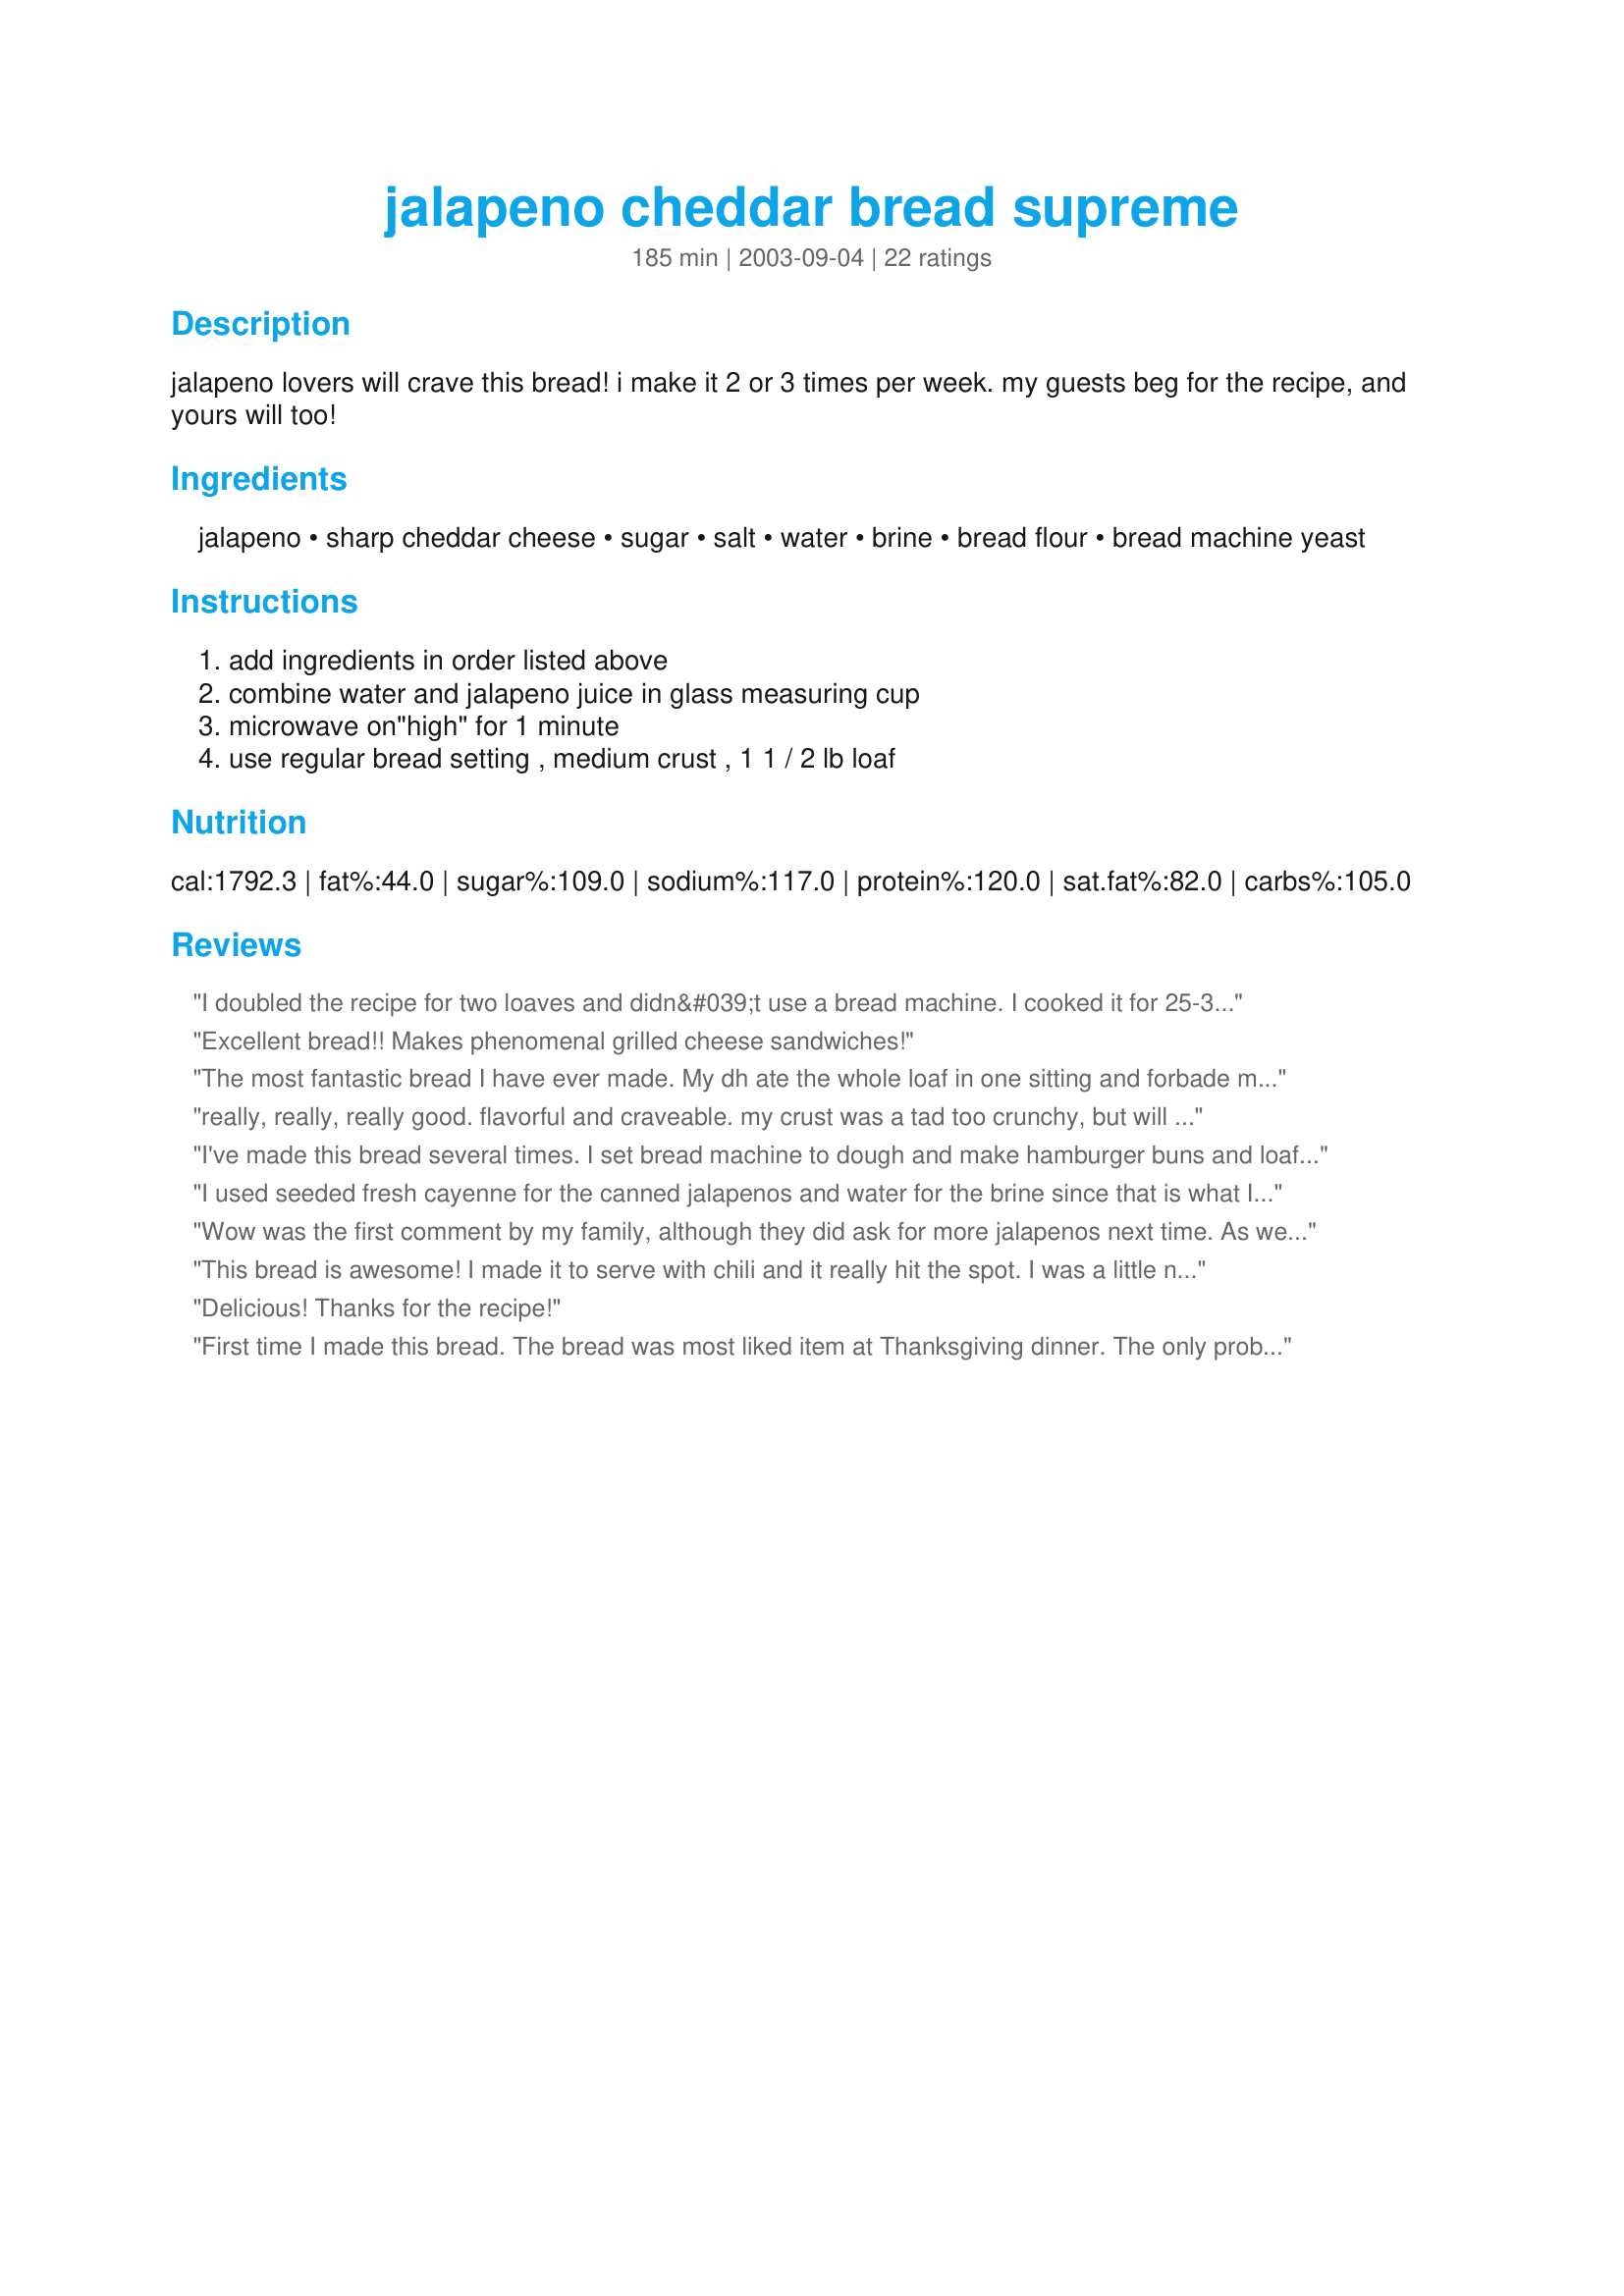
jalapeno cheddar bread supreme
Preparation time: 185 minutes

jalapeno lovers will crave this bread! i make it 2 or 3 times per week. my guests beg for the recipe, and yours will too!

Ingredients:
jalapeno, sharp cheddar cheese, sugar, salt, water, brine, bread flour, bread machine yeast

Steps:
add ingredients in order listed above, combine water and jalapeno juice in glass measuring cup, microwave on"high" for 1 minute, use regular bread setting , medium crust , 1 1 / 2 lb loaf

Reviews:
I doubled the recipe for two loaves and didn&#039;t use a bread machine. I cooked it for 25-30 minutes at 350. I think it needs a little more cheese or maybe not as finely grated cheese as I used. The brine from the jalepenos makes it have a sourdough bread type of taste. It isn&#039;t hot but has just a bit of a kick. I LOVED it! The only change I will do is more cheese next time
Excellent bread!! Makes phenomenal grilled cheese sandwiches!
The most fantastic bread I have ever made. My dh ate the whole loaf in one sitting and forbade me from ever making it again! I took that as the highest compliment to Gerald. I am making more right now, but will shape it into buns to put pulled pork on. Yum, yum. This bread is light and airy with just the right zing. Well done!
really, really, really good. flavorful and craveable. my crust was a tad too crunchy, but will be easily adjustable on my bread machine. my breads in the machine are usually hit and miss. this was a hit!
I've made this bread several times. I set bread machine to dough and make hamburger buns and loaf bread. We LOVE this bread. Today I used the pickled jalapenos and added 1/4 cup diced fresh jalapenos. After rising I brushed with butter and sprinkled top,with jalapenos and shredded cheddar cheese last 10-15 minutes of baking. YUMMY!!!!!!! Amazing hamburger buns!
I used seeded fresh cayenne for the canned jalapenos and water for the brine since that is what I had on hand. Came out great. I was concerned that the peppers would get shred up by the ABM since my machine liquefies raisins, but this didn't happen. Knowing this, next time I'll cut the peppers smaller. This can slice nice and thin, if desired.
Wow was the first comment by my family, although they did ask for more jalapenos next time. As we are cheese lovers, I didn't measure the cheese but did use most of a bag of &quot;farm shredded&quot; sharp cheese. It is GREAT bread! Will have to start buying jalapenos at Costco to support the nagging for more around here! :)
This bread is awesome! I made it to serve with chili and it really hit the spot. I was a little nervous about the jalapenos plus the brine but it wasn't too spicy. I also used extra sharp cheddar and I thought it could've stood a little more cheese. DH ate 4 slices! What better testimonial is there?
Delicious! Thanks for the recipe!
First time I made this bread. The bread was most liked item at Thanksgiving dinner. The only problem was the bread risen all the up in the machine but then the top caved in. The bread was still the best testing bread I made. &lt;br/&gt;Today I made it again and the same thing happened except the well shape it formed was deeper than last time. Can you tel me why that might have happened.? or what should I change. Thanks.
I made this for lunch today and it was a delicious bread. Every crumb was eaten. The bread had a good texture and the cheese and jalapenos were very well blended within the bread.&lt;br/&gt;&lt;br/&gt;I used more than 1 cup of finely shredded cheddar cheese. As my measuring cup didn&#039;t have a mark for 7/8 cup, I used 3/4 cup + 2 tablespoons of water. I used sliced jalapenos and didn&#039;t dice them.&lt;br/&gt;&lt;br/&gt;My machine is a Hamilton Beach 29881 2 pound capacity bread maker. I set it to basic; light crust and 1 1/2 pound settings.&lt;br/&gt;&lt;br/&gt;I will certainly be making this bread later.
I made this for my son to take with chili to a Superbowl party. He reports that everyone really liked it and it is definitely a "do it again" recipe. I used diced, fat-reduced old cheddar and pickled hot banana pepper rings and brine. I did not dice the pepper rings. Since there were a bunch of young men at the party and I have a B&D bread machine that makes up to a 3 pound loaf, I decided to double the recipe. I crossed my fingers and it turned out just fine.
However, I doubled the recipe and did it in a food processor. I also modified the recipe a bit, by adding a few more ingredients:

1 Tbsp. olive oil
1 tsp. minced garlic
1 tsp onion powder

Plus I didn't incorporate any of the shredded cheese, until after it rose and I hand-kneaded it in.

I didn't double the peppers in the recipe and I also hand kneaded half of my minced peppers. 

My family was crazy about the loaves. They were beautiful and delicious. I wish I could submit a picture.
Hehehehe! Now I've posted a photo for this wonderful bread. Wow! Where does the time go, I totally forgot my inspiration for this bread. Just came across it again with a Yahoo search. Anyway, I've been making my modified version for years now (see my other review). We still love it!
Excellent recipe, great flavor. I used cubes of sharp cheddar and fresh jalapeno and baked in oven. Definitely worth trying.
Tastes yummy! I have a large jar of jalapenos so I didn't want to use too much liquid. I reduced the 1/4 cup brine to 2 tbsp which worked great.
This bread came out great! Just the right amount of spicy. I just added a tbs of wheat gluten to make sure it had the right consistency. Great recipe, thanks!!
Great recipe!! Really great crust, moist and great for slicing thin! I used pickled jalepenos because that is all that I had and it tasted awesome!
I made this really thinking I would love it, but it seemed to be missing more jalapeno flavor. I might try it again using more jalapeno and baking in the oven instead of the bread machine.
This bread was just what I was looking for. I used half jarred and half fresh jalapenos just because I wanted to use the fresh ones before they went bad. I used the bread machine to mix them cut the dough in half and made to loves in the oven. Perfect!
We enjoyed this a lot. We served this with some soup. We will make again, but next time add even more jalapenos. I may also increase the brine to water ratio. Overall a great bread. Thanks.
Delicious. Has a great zip to it!

Used half whole wheat flour.
